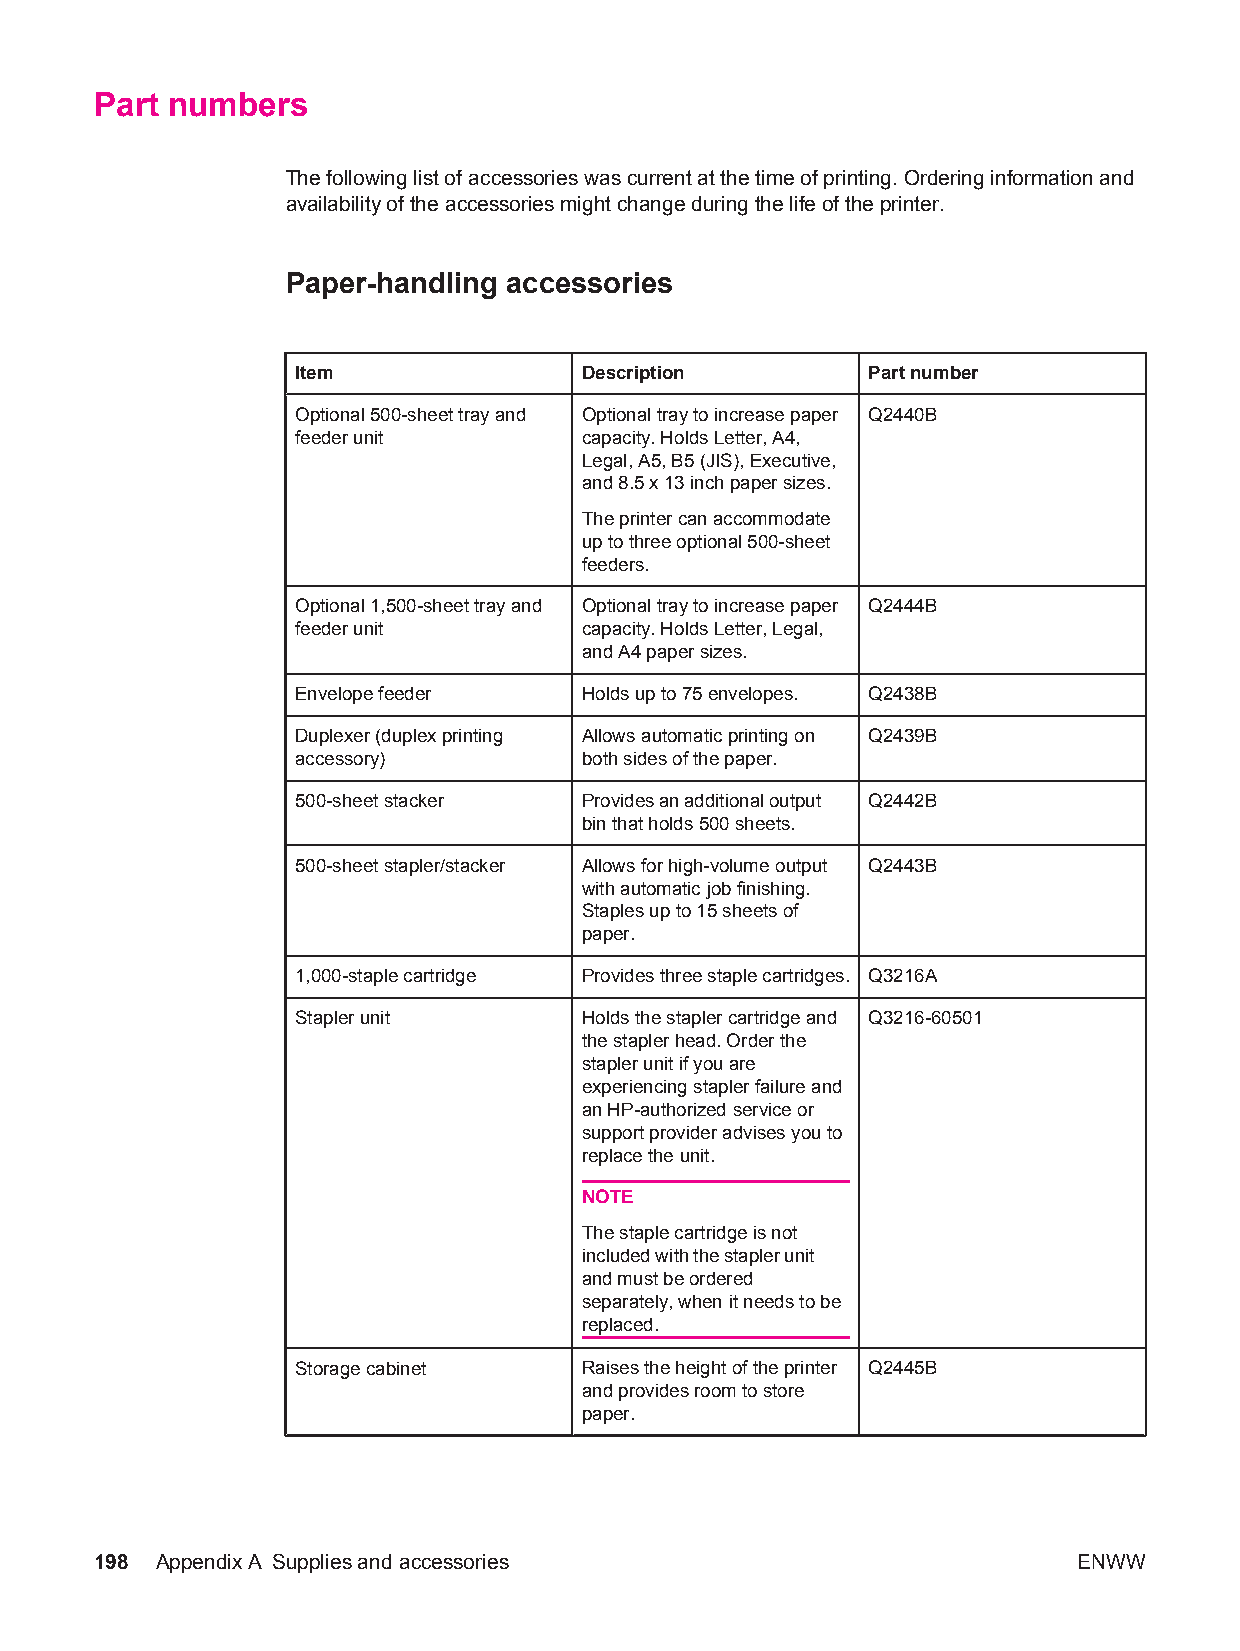
Part numbers
 The following list of accessories was current at the time of printing. Ordering information and
 availability of the accessories might change during the life of the printer.
 Paper-handling accessories
 Item              Description        Part number
 Optional 500-sheet tray and Optional tray to increase paper Q2440B
 feeder unit       capacity. Holds Letter, A4,
 Legal, A5, B5 (JIS), Executive,
 and 8.5 x 13 inch paper sizes.
 The printer can accommodate
 up to three optional 500-sheet
 feeders.
 Optional 1,500-sheet tray and Optional tray to increase paper Q2444B
 feeder unit       capacity. Holds Letter, Legal,
 and A4 paper sizes.
 Envelope feeder   Holds up to 75 envelopes. Q2438B
 Duplexer (duplex printing Allows automatic printing on Q2439B
 accessory)        both sides of the paper.
 500-sheet stacker Provides an additional output Q2442B
 bin that holds 500 sheets.
 500-sheet stapler/stacker Allows for high-volume output Q2443B
 with automatic job finishing.
 Staples up to 15 sheets of
 paper.
 1,000-staple cartridge Provides three staple cartridges. Q3216A
 Stapler unit      Holds the stapler cartridge and Q3216-60501
 the stapler head. Order the
 stapler unit if you are
 experiencing stapler failure and
 an HP-authorized service or
 support provider advises you to
 replace the unit.
 NOTE
 The staple cartridge is not
 included with the stapler unit
 and must be ordered
 separately, when it needs to be
 replaced.
 Storage cabinet   Raises the height of the printer Q2445B
 and provides room to store
 paper.
 198 AppendixA Supplies and accessories                           ENWW